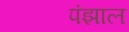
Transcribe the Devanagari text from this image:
पंझाल